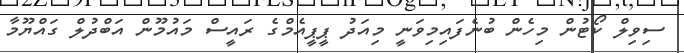
ސިވިލް ކޯޓުން މިހެން ބުނެފައިމިވަނީ މިއަދު ޕީޕީއެމްގެ ރައީސް މައުމޫން އަބްދުލް ގައްޔޫމާ